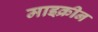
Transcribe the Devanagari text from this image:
माइक्रीन